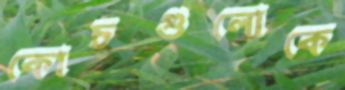
কোচগুলোকে